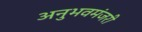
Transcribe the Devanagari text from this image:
अनुभवमंजरी